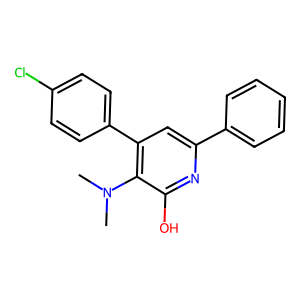
SMILES: CN(C)c1c(-c2ccc(Cl)cc2)cc(-c2ccccc2)nc1O
Inhibits HIV replication: No